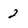
Character: 2